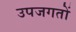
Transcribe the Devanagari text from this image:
उपजगतों